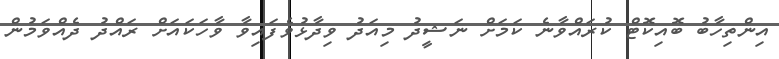
އިންތިހާބު ބޮއިކޮޓް ކުރައްވާނެ ކަމަށް ނަޝީދު މިއަދު ވިދާޅުވެފައިވާ ވާހަކައަށް ރައްދު ދެއްވަމުން